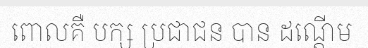
ពោលគឺ បក្ស ប្រជាជន បាន ដណ្តើម